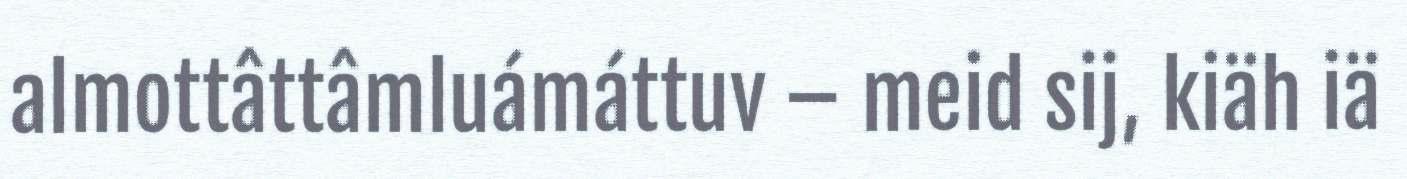
almottâttâmluámáttuv – meid sij, kiäh iä